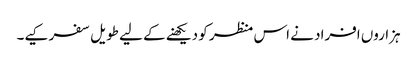
ہزاروں افراد نے اس منظر کو دیکھنے کے لیے طویل سفر کیے۔